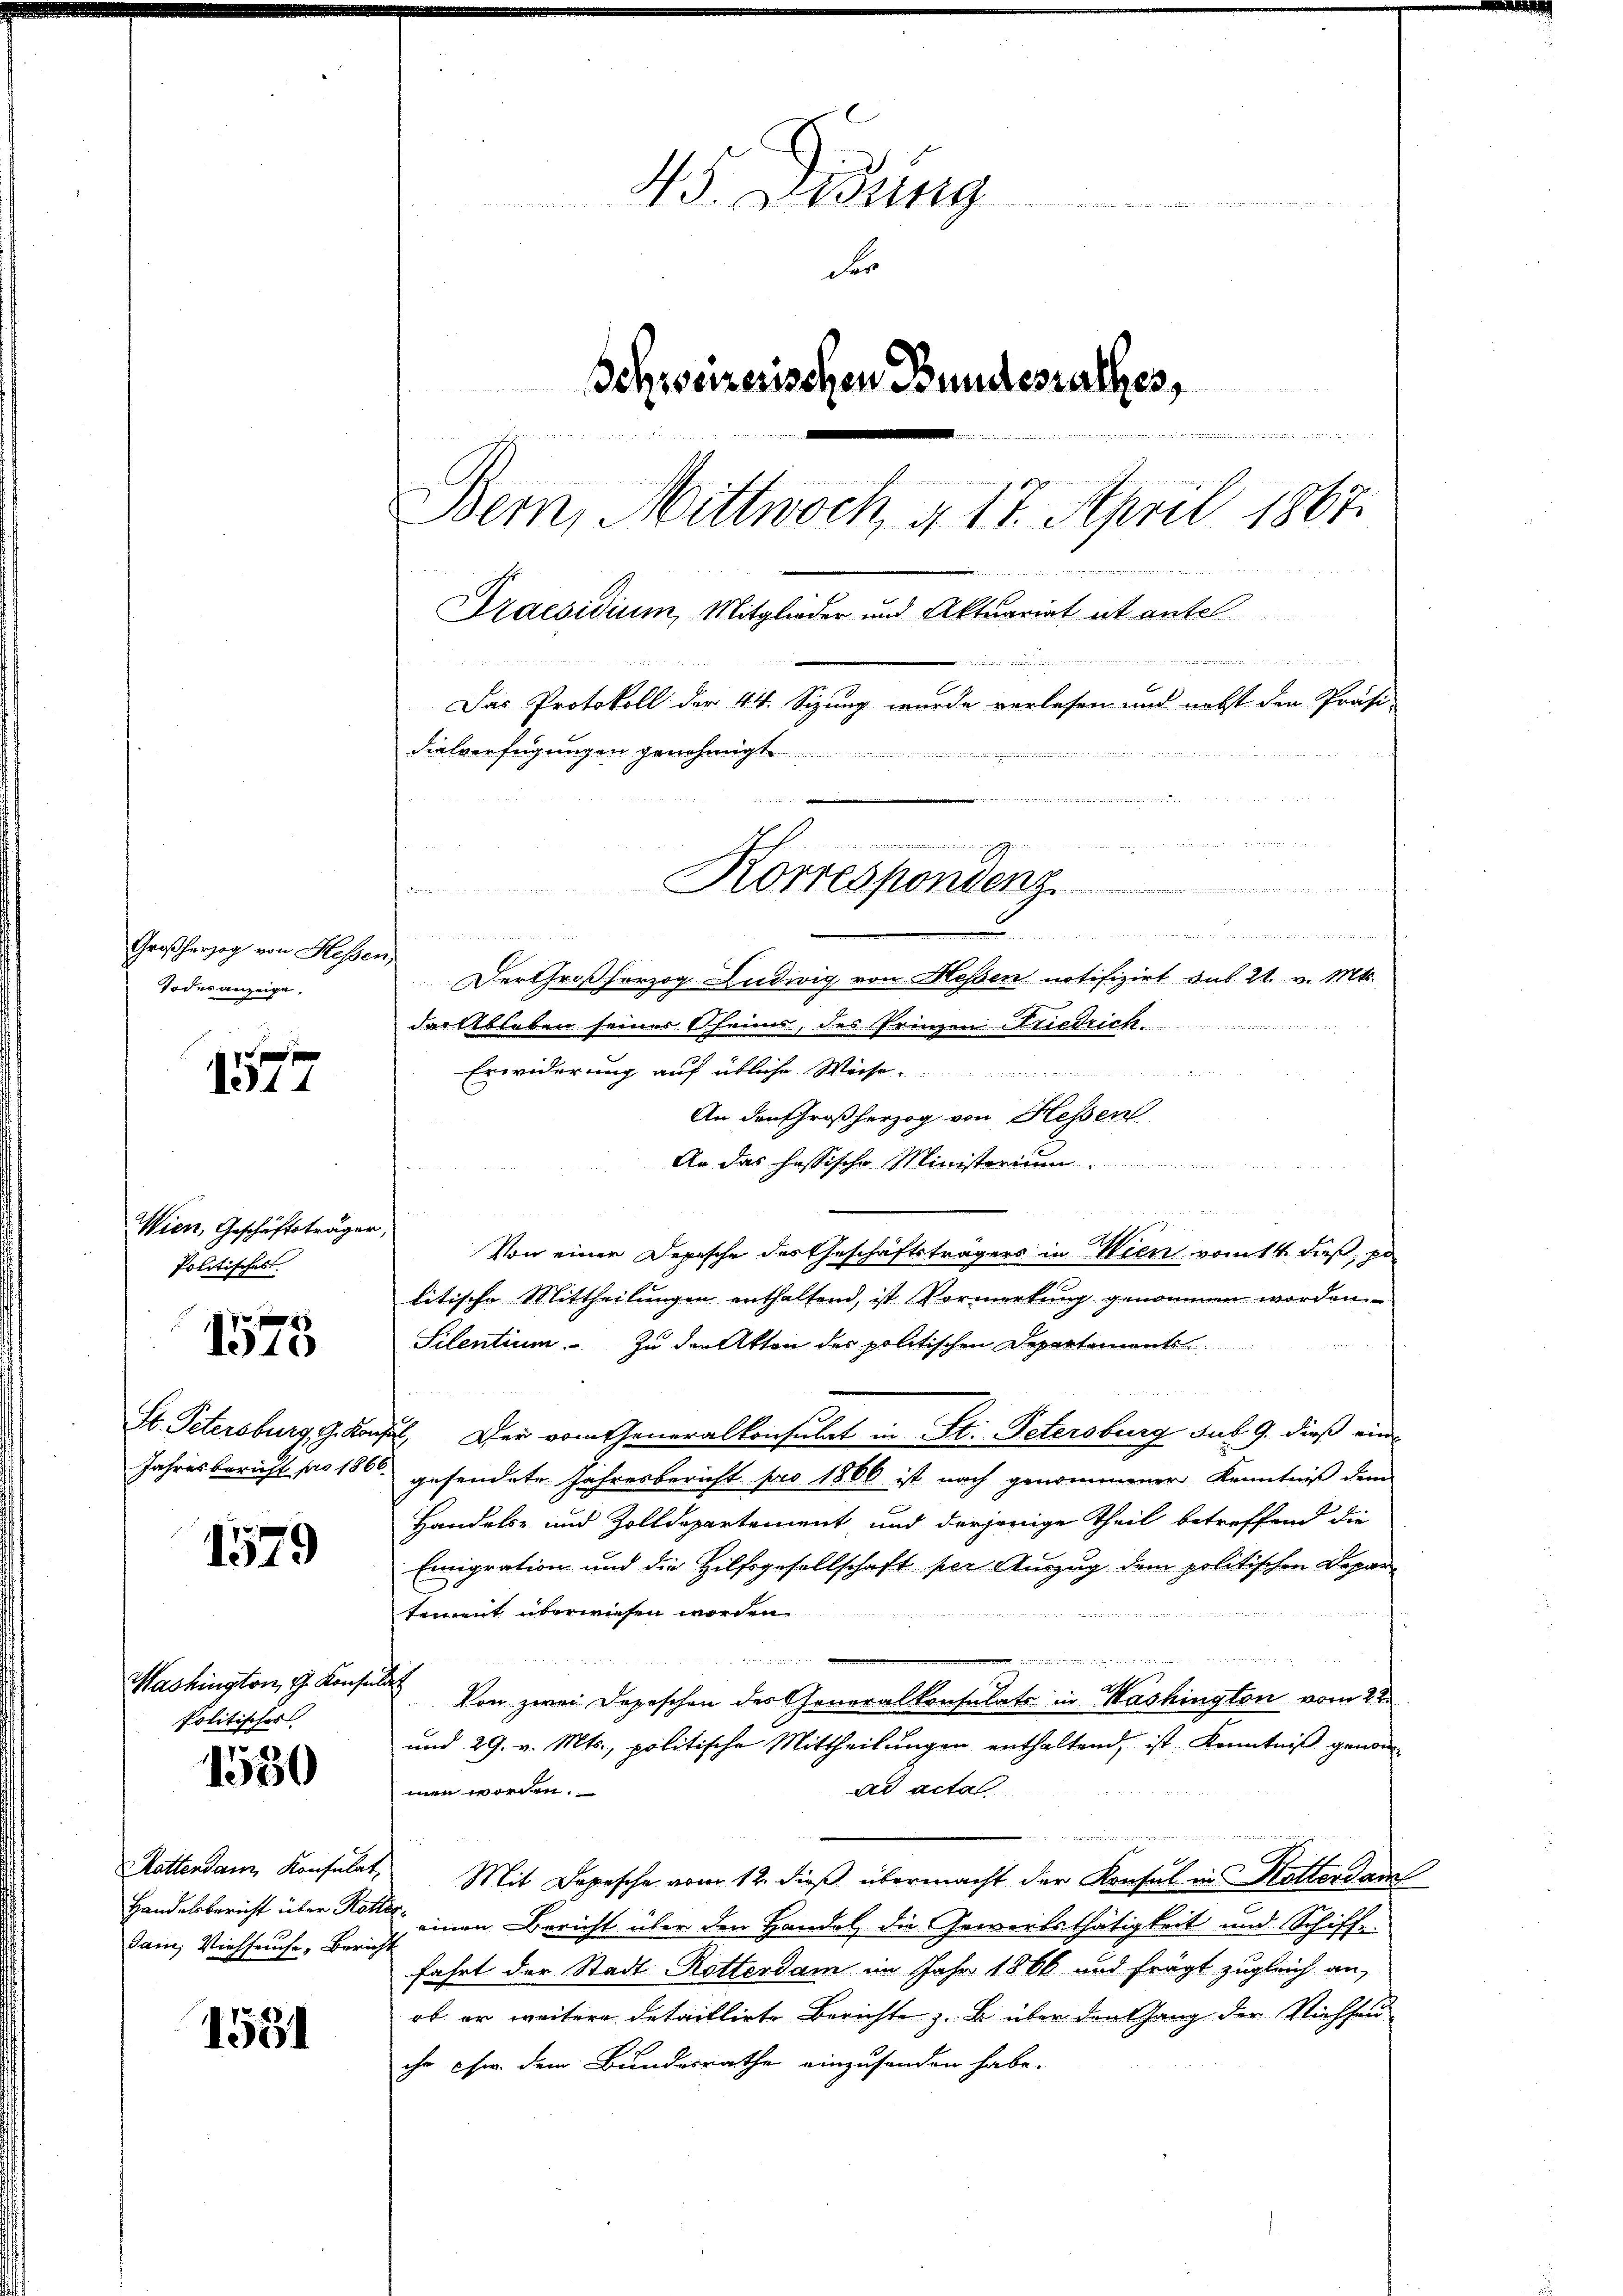
Großherzog von Hessen,
Todesanzeige.

f xx
11

Wien, Geschäftsträger,
Politisches.

xx
1910

1579

Politischer

1530

dam, Viehseuche, Bericht

1581

W. Bung
der
Schweizerischen Bundesrathes,
n es sich die und engeden der sie un

in neuen und meinsfreien, verwiedenen von den der nicht nichten
Bern, Mittwoch §. 11. April 1867.
M 18
Praesidium, Mitglieder und Aktuariat et antel

Das Protokoll der 44. Sizung wurde verlesen und nebst den Präsi-
dielverfügungen genehmigt.

n
Korrespondenz.
formen

Der Großherzog Ludwig von Hessen notifizirt aus 21. v. Mts.
das Ableben seiner Theimes, des Prinzen Friedrich.
Erwiderung auf übliche Weise

An den Großherzog von Hessen
An das hassische Ministerium.
Von einer Depesche des Geschäftsträgers in Wien vom 14. dieß, po
litische Mittheilungen enthaltend, ist Vormerkung genommen worden
Silentium zu den Atten der politischen Departement
St. Petersburg, G. Kaufel. Der vom Generalkonsulat in St. Petersburg aus 9. dieß ein¬
Jahresbericht pro 186. gesendete Jahresbericht pro 1860 ist nach genommener Kenntniß dem
Handels- und Zolldepartement und derjenige Theil betreffend die
Emigration und die Hilfsgesellschaft per Auszug dem politischen Departement überwiesen worden.

i
.
7
Washington, g. Konsul von zwei Depeschen der Generalkonsulats in Mashington vom 22.
und 29. v. Mts., politische Mittheilungen enthaltend, ist Kenntniß genomad actal
men worden.
Kattendann Konsulat, Mit Depesche vom 12. dieß übermacht der Konsul in Hotterdam
Handelsbericht über eine einen Bericht über den Handel, die Gewerbsthätigkeit und Schiffe
fahrt der Stadt Rotterdam im Jahr 1866 und frägt zugleich an,
ob er weitere detaillirte Berichte z. B. über den Gang der Niehseu
ihr se dem Bundesrathe einzusenden habe.